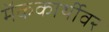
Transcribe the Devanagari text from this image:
मॅककार्थीवर